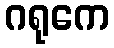
ဂရုကေ